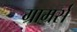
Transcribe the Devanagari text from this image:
ग्रामर्स